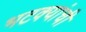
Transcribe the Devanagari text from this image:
भटक्यांची